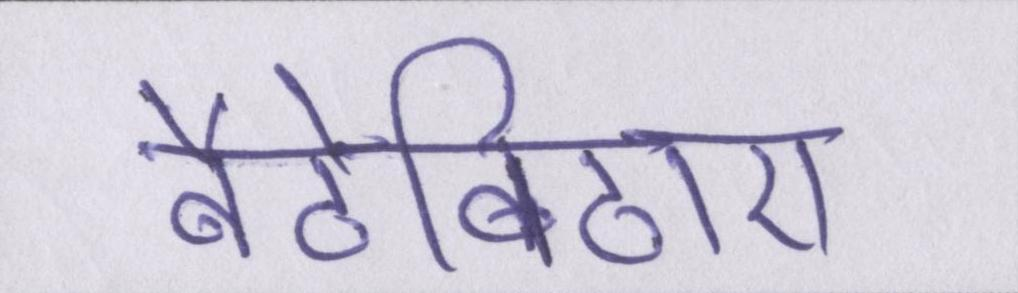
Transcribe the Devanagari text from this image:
बैठेबिठाए